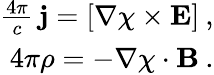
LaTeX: \begin{array}{r}{\frac{4\pi}{c}\, {\mathbf j}=\left[\nabla\chi\times{\mathbf E}\right]\: ,}\\ {4\pi\rho=-\nabla\chi\cdot{\mathbf B}\: .}\end{array}